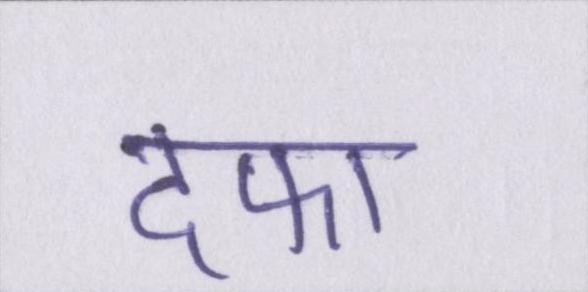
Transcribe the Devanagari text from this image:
दफा